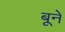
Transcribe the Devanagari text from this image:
बूने